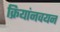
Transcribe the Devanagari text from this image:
क्रियांनवयन